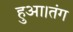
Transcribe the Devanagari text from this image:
हुआ।तंग